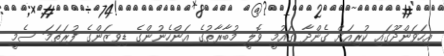
އިހަވަންދޫގައި ކުރިއަށް ގެންދާ ގައުމީ ވޮލީ މުބާރާތުގެ އަންހެނުންގެ ޑިވިޒަންގެ ފުރަތަމަ ސެމީ